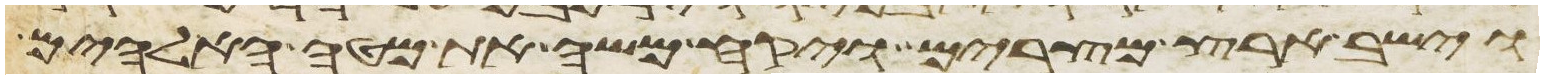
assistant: וישב ארץ מצרים ויקח משה את מטה האלהים